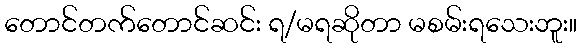
တောင်တက်တောင်ဆင်း ရ/မရဆိုတာ မစမ်းရသေးဘူး။